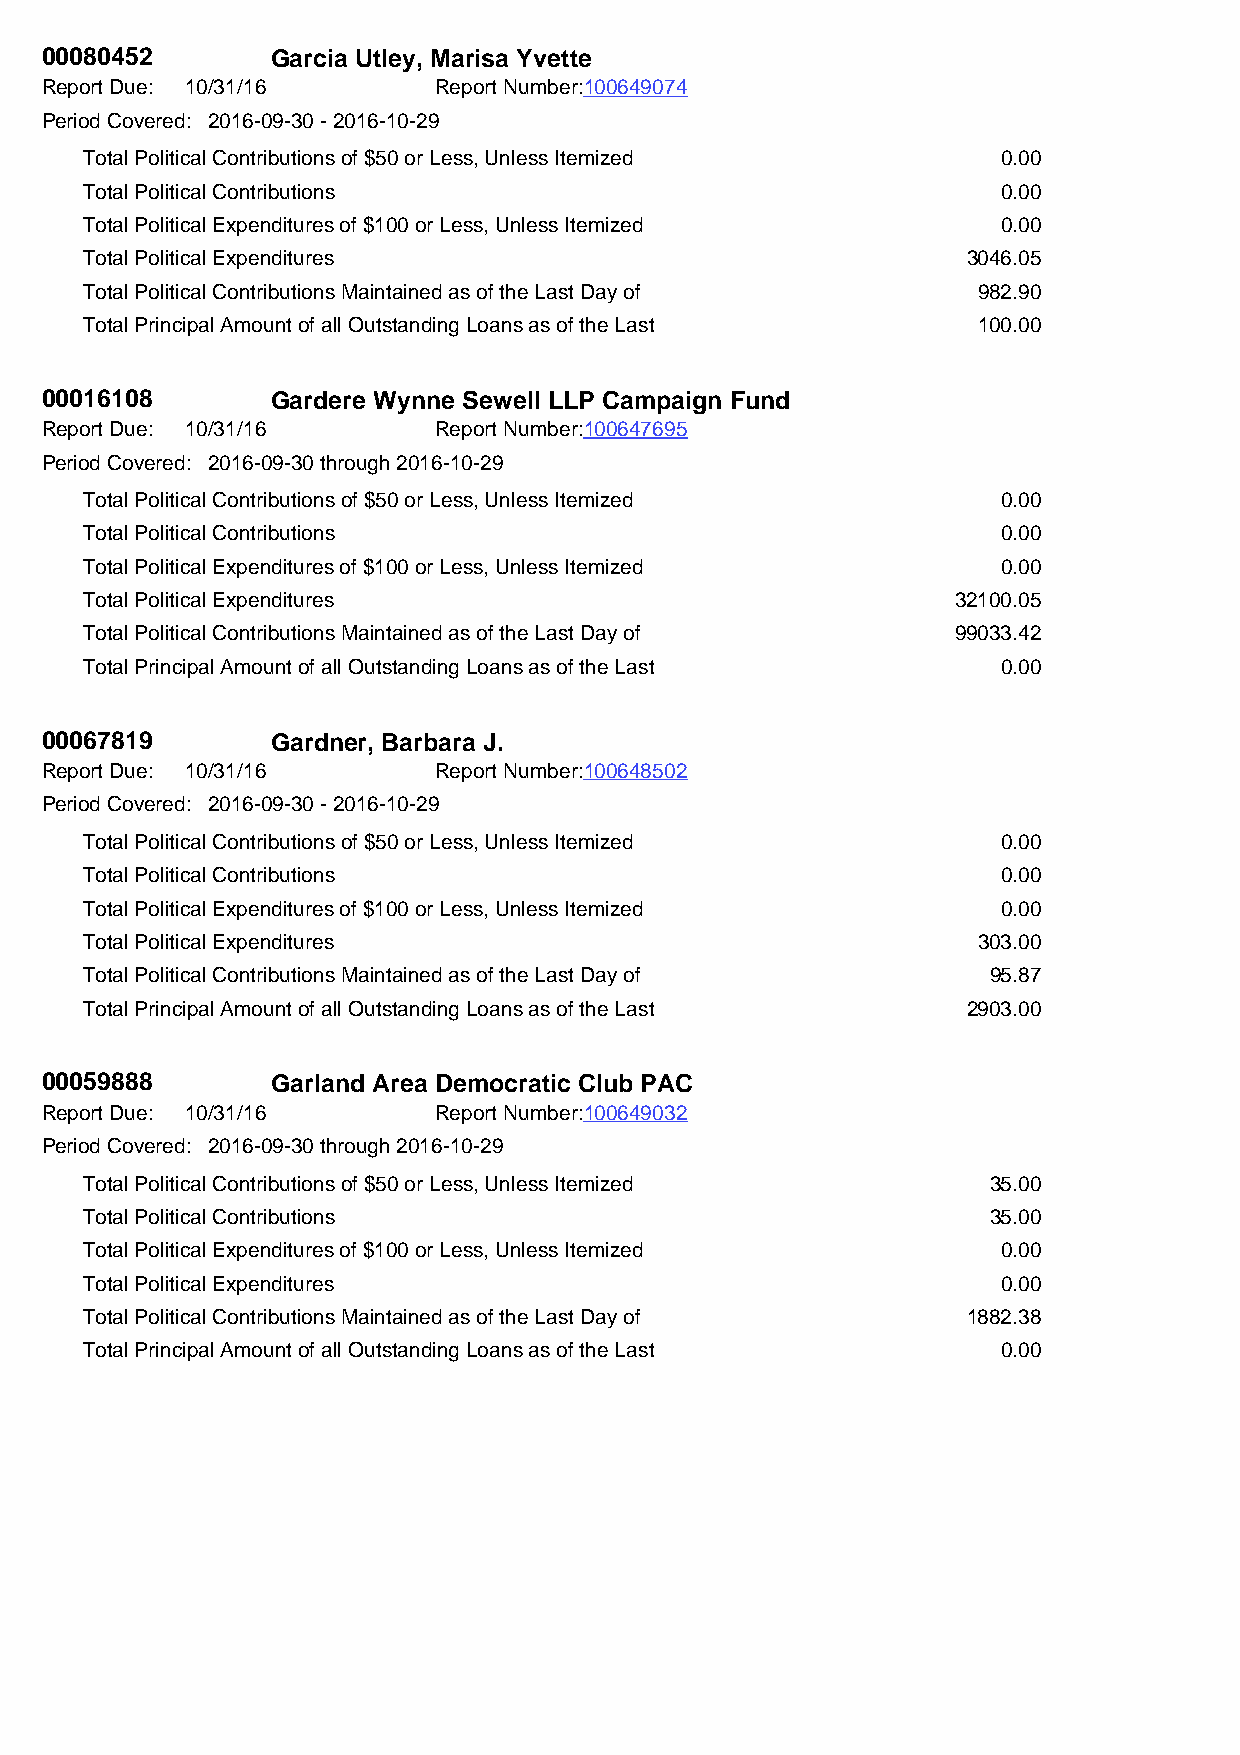
00080452       Garcia Utley, Marisa Yvette
 Report Due: 10/31/16      Report Number:100649074
 Period Covered: 2016-09-30 - 2016-10-29
 Total Political Contributions of $50 or Less, Unless Itemized 0.00
 Total Political Contributions                               0.00
 Total Political Expenditures of $100 or Less, Unless Itemized 0.00
 Total Political Expenditures                              3046.05
 Total Political Contributions Maintained as of the Last Day of 982.90
 Total Principal Amount of all Outstanding Loans as of the Last 100.00
 00016108       Gardere Wynne Sewell LLP Campaign Fund
 Report Due: 10/31/16      Report Number:100647695
 Period Covered: 2016-09-30 through 2016-10-29
 Total Political Contributions of $50 or Less, Unless Itemized 0.00
 Total Political Contributions                               0.00
 Total Political Expenditures of $100 or Less, Unless Itemized 0.00
 Total Political Expenditures                             32100.05
 Total Political Contributions Maintained as of the Last Day of 99033.42
 Total Principal Amount of all Outstanding Loans as of the Last 0.00
 00067819       Gardner, Barbara J.
 Report Due: 10/31/16      Report Number:100648502
 Period Covered: 2016-09-30 - 2016-10-29
 Total Political Contributions of $50 or Less, Unless Itemized 0.00
 Total Political Contributions                               0.00
 Total Political Expenditures of $100 or Less, Unless Itemized 0.00
 Total Political Expenditures                               303.00
 Total Political Contributions Maintained as of the Last Day of 95.87
 Total Principal Amount of all Outstanding Loans as of the Last 2903.00
 00059888       Garland Area Democratic Club PAC
 Report Due: 10/31/16      Report Number:100649032
 Period Covered: 2016-09-30 through 2016-10-29
 Total Political Contributions of $50 or Less, Unless Itemized 35.00
 Total Political Contributions                               35.00
 Total Political Expenditures of $100 or Less, Unless Itemized 0.00
 Total Political Expenditures                                0.00
 Total Political Contributions Maintained as of the Last Day of 1882.38
 Total Principal Amount of all Outstanding Loans as of the Last 0.00